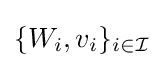
\{W_{i},v_{i}\}_{i\in {\mathcal {I}}}